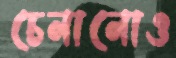
চেনানোও